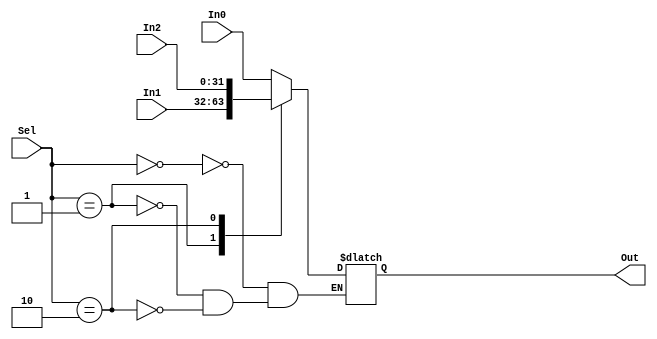
`timescale 1ns / 1ps
//////////////////////////////////////////////////////////////////////////////////
// Company: 
// Engineer: 
// 
// Design Name: 
// Module Name: Mux3
// Project Name: 
// Target Devices: 
// Tool Versions: 
// Description: 
// 
// Dependencies: 
// 
// Revision:
// Revision 0.01 - File Created
// Additional Comments:
// 
//////////////////////////////////////////////////////////////////////////////////


module MX3(In0, In1, In2, Sel, Out);
    parameter D_Width = 32;
    input [1:0]Sel;
    input [D_Width-1:0] In0, In1, In2;
    output reg [D_Width-1:0]Out;
    always@(*)begin
        case(Sel)
            2'b00: Out = In0;
            2'b01: Out = In1;
            2'b10: Out = In2;
        endcase
    end
endmodule